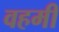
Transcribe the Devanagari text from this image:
वहमी